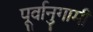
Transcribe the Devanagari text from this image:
पूर्वानुगामी